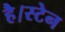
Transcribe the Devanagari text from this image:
है।स्टेन